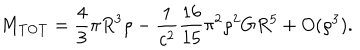
M _ { \mathrm { T O T } } = \frac { 4 } { 3 } \pi R ^ { 3 } \rho - \frac { 1 } { c ^ { 2 } } \frac { 1 6 } { 1 5 } \pi ^ { 2 } \rho ^ { 2 } G R ^ { 5 } + O ( \rho ^ { 3 } ) .